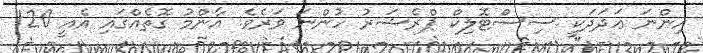
އިންނަ ޢަދަދަކީ ސިސްޓޮލިކް ޕްރެޝަރު ހުންނަ ވަރެވެ. އާންމު ގޮތެއްގައި އެއީ 120